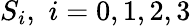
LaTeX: S_{i},\, \, i=0,1,2,3